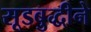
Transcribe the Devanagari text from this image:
सूडबुद्धीने